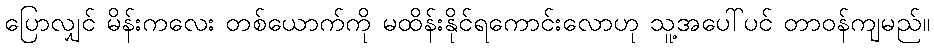
ပြောလျှင် မိန်းကလေး တစ်ယောက်ကို မထိန်းနိုင်ရကောင်းလောဟု သူ့အပေါ်ပင် တာဝန်ကျမည်။